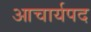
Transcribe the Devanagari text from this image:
आचार्यपद